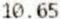
10.65